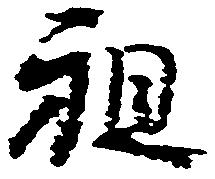
祖